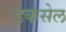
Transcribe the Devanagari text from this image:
इकसेल